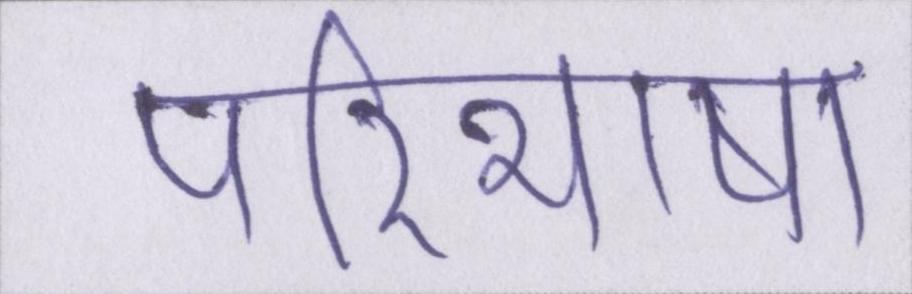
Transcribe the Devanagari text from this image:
परिभाषा